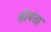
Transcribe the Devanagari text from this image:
श्रीमंता